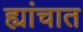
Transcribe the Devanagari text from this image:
ह्यांचात